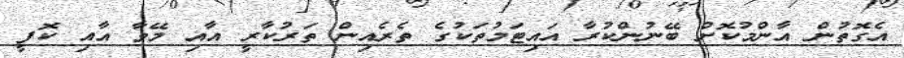
އެގޮތުން އާންމުކޮށް ބޭނުންކުރާ އައިޓަމުތަކުގެ ތެރެއިން ތަރުކާރީ އާއި މޭވާ އާއި ކޮފީ